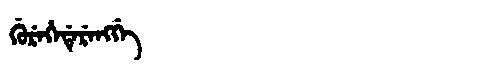
Manchu: ᡤᡠᡵᡝᡥᡝᡩᡝᡵᡝᠩᡤᡝ
Romanization: GUREHEDERENGGE